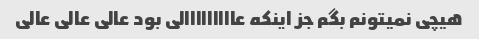
هیچی نمیتونم بگم جز اینکه عااااااااالی بود عالی عالی عالی